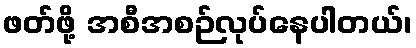
ဖတ်ဖို့ အစီအစဉ်လုပ်နေပါတယ်၊